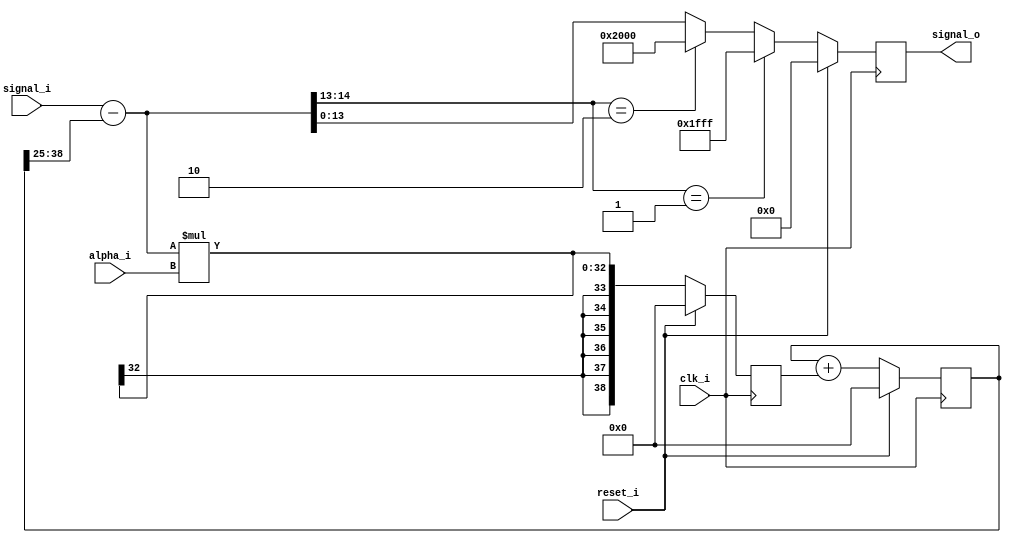
module red_pitaya_iq_hpf_block #(
    parameter     ALPHABITS = 25,
    parameter     HIGHESTALPHABIT = 18,
    parameter     LPFBITS   = 14
)
(
    input clk_i,
    input reset_i  ,
    input signed [HIGHESTALPHABIT-1:0] alpha_i, 

    input signed [LPFBITS-1:0] signal_i,
    output signed [LPFBITS-1:0] signal_o
);

//reg signed [ALPHABITS-1:0] alpha;
reg  signed [LPFBITS+ALPHABITS-1:0]    y;
reg  signed [LPFBITS+ALPHABITS-1:0]    delta;   //we need this cumbersome imperfect implementation with a delta buffer to introduce some delay so the code works at 125 MHZ
wire signed [LPFBITS+1-1:0] diff;
reg  signed [LPFBITS-1:0]  delta_out;
wire signed [LPFBITS-1:0]  y_out;

assign y_out = y[ALPHABITS+LPFBITS-1:ALPHABITS];
assign diff = signal_i-y_out;  

always @(posedge clk_i) begin
//    alpha <= $signed(alpha_i);
    if (reset_i == 1'b1) begin
        y <=            {ALPHABITS+LPFBITS{1'b0}};
        delta <=        {ALPHABITS+LPFBITS{1'b0}};
        delta_out <=    {LPFBITS{1'b0}};
    end
    else begin
        delta <= diff * alpha_i;
        y <= y + delta;
        if (diff[LPFBITS:LPFBITS-1] == 2'b01)
            delta_out <= {1'b0,{LPFBITS-1{1'b1}}};
        else if (diff[LPFBITS:LPFBITS-1] == 2'b10)
            delta_out <= {1'b1,{LPFBITS-1{1'b0}}};
        else
            delta_out <= diff[LPFBITS-1:0];
    end
end

assign signal_o = delta_out;

endmodule